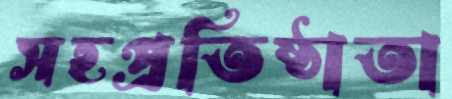
সহপ্রতিষ্ঠাতা